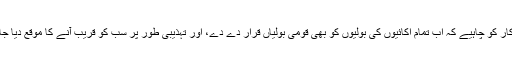
سرکار کو چاہیے کہ اب تمام اکائیوں کی بولیوں کو بھی قومی بولیاں قرار دے دے، اور تہذیبی طور پر سب کو قریب آنے کا موقع دیا جائے۔